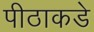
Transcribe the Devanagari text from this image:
पीठाकडे